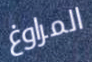
المراوغ